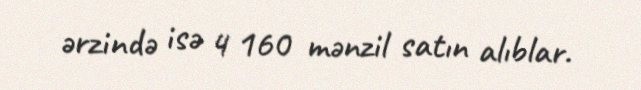
ərzində isə 4 160 mənzil satın alıblar.